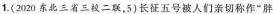
1.(2020东北三省三二联，5)长征五号被人们 "胖